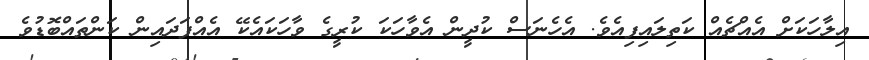
އިލާހަކަށް އެއްޗެއް ކަތިލައިފިއެވެ. އެހެނަސް ކުދީން އެވާހަކަ ކުރީގެ ވާހަކައެކޭ އެއްފަދައިން ކަންތައްބޮޑުވެ